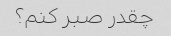
چقدر صبر کنم؟